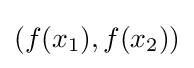
(f(x_{1}),f(x_{2}))